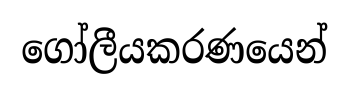
ගෝලීයකරණයෙන්